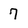
Character: 7